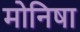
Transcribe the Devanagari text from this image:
मोनिषा